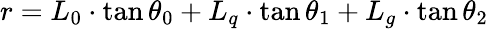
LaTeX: r=L_{0}\cdot\tan\theta_{0}+L_{q}\cdot\tan\theta_{1}+L_{g}\cdot\tan\theta_{2}